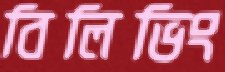
বিলিভিং